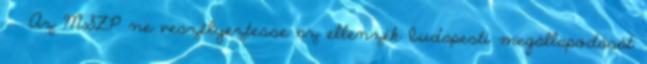
› ›Az MSZP ne veszélyeztesse az ellenzék budapesti megállapodását